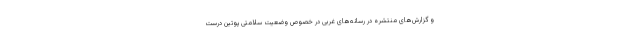
و گزارش‌های منتشره در رسانه‌های غربی در خصوص وضعیت سلامتی پوتین درست